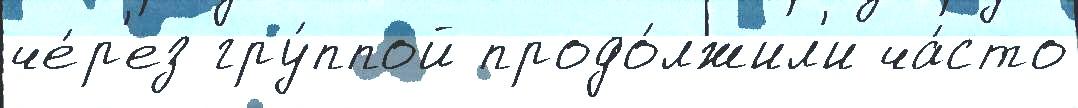
че́р'ез гру́ппой продо́лжил'и ча́сто